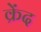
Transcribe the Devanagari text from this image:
क्रेंद